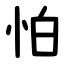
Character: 怕